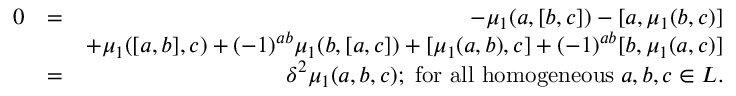
\begin{array} { r l r } { 0 } & { = } & { - \mu _ { 1 } ( a , [ b , c ] ) - [ a , \mu _ { 1 } ( b , c ) ] } \\ & { } & { + \mu _ { 1 } ( [ a , b ] , c ) + ( - 1 ) ^ { a b } \mu _ { 1 } ( b , [ a , c ] ) + [ \mu _ { 1 } ( a , b ) , c ] + ( - 1 ) ^ { a b } [ b , \mu _ { 1 } ( a , c ) ] } \\ & { = } & { \delta ^ { 2 } \mu _ { 1 } ( a , b , c ) ; \; \mathrm { f o r ~ a l l ~ h o m o g e n e o u s } \; a , b , c \in L . } \end{array}